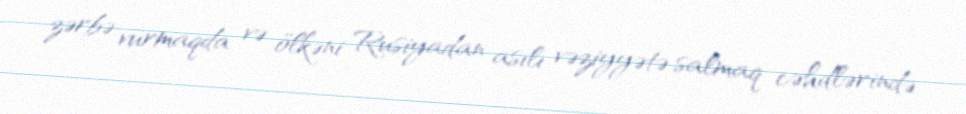
zərbə vurmaqda və ölkəni Rusiyadan asılı vəziyyətə salmaq cəhdlərində